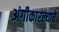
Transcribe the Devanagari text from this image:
अंगीकारल्याचे